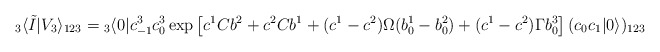
\begin{align*}{}_3 \langle \tilde I | V_3 \rangle_{123}={}_3 \langle 0| c^3_{-1} c^3_0 \exp\left[c^1 C b^2 + c^2 C b^1+ (c^1 - c^2) \Omega (b^1_0 - b^2_0) + (c^1 - c^2) \Gamma b^3_0 \right] (c_0 c_1 |0 \rangle)_{123} \end{align*}